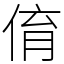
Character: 俼